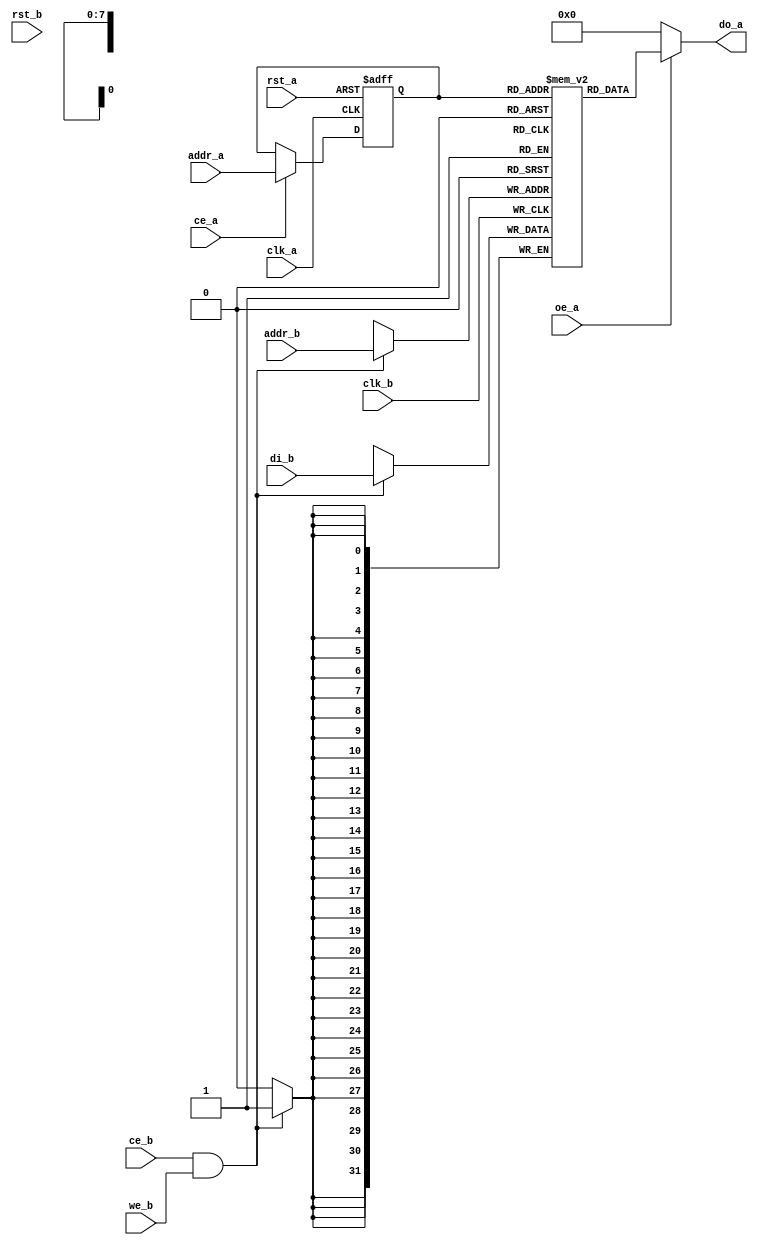
module or1200_dpram_256x32(
	// Generic synchronous double-port RAM interface
	clk_a, rst_a, ce_a, oe_a, addr_a, do_a,
	clk_b, rst_b, ce_b, we_b, addr_b, di_b
);

//
// Default address and data buses width
//
parameter aw = 8;
parameter dw = 32;

//
// Generic synchronous double-port RAM interface
//
input			clk_a;	// Clock
input			rst_a;	// Reset
input			ce_a;	// Chip enable input
input			oe_a;	// Output enable input
input 	[aw-1:0]	addr_a;	// address bus inputs
output	[dw-1:0]	do_a;	// output data bus
input			clk_b;	// Clock
input			rst_b;	// Reset
input			ce_b;	// Chip enable input
input			we_b;	// Write enable input
input 	[aw-1:0]	addr_b;	// address bus inputs
input	[dw-1:0]	di_b;	// input data bus


`ifdef OR1200_XILINX_RAMB4

//
// Instantiation of FPGA memory:
//
// Virtex/Spartan2
//

//
// Block 0
//
RAMB4_S16_S16 ramb4_s16_0(
	.CLKA(clk_a),
	.RSTA(rst_a),
	.ADDRA(addr_a),
	.DIA(16'h0000),
	.ENA(ce_a),
	.WEA(1'b0),
	.DOA(do_a[15:0]),

	.CLKB(clk_b),
	.RSTB(rst_b),
	.ADDRB(addr_b),
	.DIB(di_b[15:0]),
	.ENB(ce_b),
	.WEB(we_b),
	.DOB()
);

//
// Block 1
//
RAMB4_S16_S16 ramb4_s16_1(
	.CLKA(clk_a),
	.RSTA(rst_a),
	.ADDRA(addr_a),
	.DIA(16'h0000),
	.ENA(ce_a),
	.WEA(1'b0),
	.DOA(do_a[31:16]),

	.CLKB(clk_b),
	.RSTB(rst_b),
	.ADDRB(addr_b),
	.DIB(di_b[31:16]),
	.ENB(ce_b),
	.WEB(we_b),
	.DOB()
);

`else

`ifdef OR1200_XILINX_RAMB16

//
// Instantiation of FPGA memory:
//
// Virtex4/Spartan3E
//
// Added By Nir Mor
//

RAMB16_S36_S36 ramb16_s36_s36(
	.CLKA(clk_a),
	.SSRA(rst_a),
	.ADDRA({1'b0, addr_a}),
	.DIA(32'h00000000),
	.DIPA(4'h0),
 	.ENA(ce_a),
	.WEA(1'b0),
	.DOA(do_a),
	.DOPA(),

	.CLKB(clk_b),
	.SSRB(rst_b),
	.ADDRB({1'b0, addr_b}),
	.DIB(di_b),
	.DIPB(4'h0),
	.ENB(ce_b),
	.WEB(we_b),
	.DOB(),
	.DOPB()
);

`else

//
// Generic double-port synchronous RAM model
//

//
// Generic RAM's registers and wires
//
reg	[dw-1:0]	mem [(1<<aw)-1:0];	// RAM content
reg	[aw-1:0]	addr_a_reg;		// RAM address registered

//
// Data output drivers
//
assign do_a = (oe_a) ? mem[addr_a_reg] : {dw{1'b0}};

//
// RAM read
//
always @(posedge clk_a or posedge rst_a)
	if (rst_a)
		addr_a_reg <= #1 {aw{1'b0}};
	else if (ce_a)
		addr_a_reg <= #1 addr_a;

//
// RAM write
//
always @(posedge clk_b)
	if (ce_b && we_b)
		mem[addr_b] <= #1 di_b;

`endif	// !OR1200_XILINX_RAMB16
`endif	// !OR1200_XILINX_RAMB4
endmodule